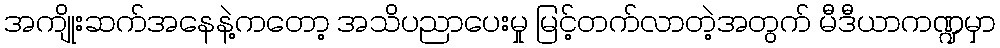
အကျိုးဆက်အနေနဲ့ကတော့ အသိပညာပေးမှု မြင့်တက်လာတဲ့အတွက် မီဒီယာကဏ္ဍမှာ